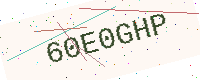
Text: 60E0GHP